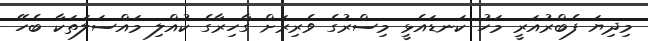
މިދިޔަ ފެބްރުއަރީ މަހު ކަނޑައެޅީ މިސްރުގެ ވެރިރަށް ގާހިރާގެ ކުއްލި މައްސަލަތަކާ ބެހޭ